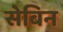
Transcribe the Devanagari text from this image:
सेबिन